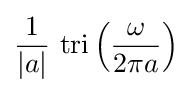
{\frac {1}{|a|}}\,\operatorname {tri} \left({\frac {\omega }{2\pi a}}\right)